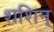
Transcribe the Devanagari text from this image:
शशिन्‌